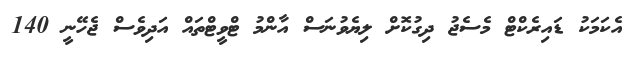
އެކަމަކު ޑައިރެކްޓް މެސެޖު ދިގުކޮށް ލިޔެވުނަސް އާންމު ޓްވީޓްތައް އަދިވެސް ޖެހޭނީ 140